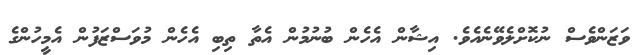
ވަޒަންވެސް ނުކޮށްލެވޭނެއެވެ. އިޝާން އެހެން ބުނުމުން އެތާ ތިބި އެހެން މުވަސްޒަފުން އެމީހުންގެ